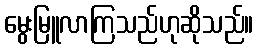
မွေးမြူလာကြသည်ဟုဆိုသည်။